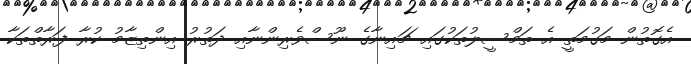
އެގޮތުން މަގުމަތީ އެ ތަމްސީލުތަކުގައި ޗައިނާގެ ނޫސްވެރިންނާއި ދަތުރު އިންތިޒާމު ކުރާ ފަރާތްތަކާ